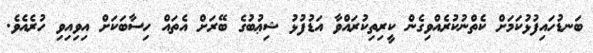
ބަނޑުހައިފުޅުކަމަށް ކެތްނުކުރެއްވިގެން ކީރިތިކުރައްވާ އަޑުފުޅު ޝިޢުބުގެ ބޭރަށް އެތައް ހިސާބަކަށް އިވިއިވި ހުރެއެވެ.